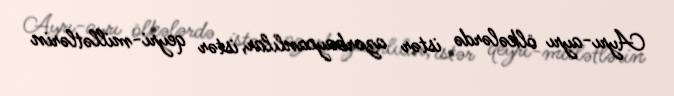
Ayrı-ayrı ölkələrdə istər azərbaycanlılar, istər qeyri-millətlərin